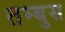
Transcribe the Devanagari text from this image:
तम्बुस